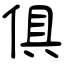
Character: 俱